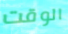
الوقت